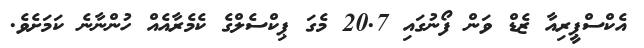
އެކްސްޕީރިއާ ޒެޑް ވަން ފޯނުގައި 20.7 މެގަ ޕިކްސެލްގެ ކެމެރާއެއް ހުންނާނެ ކަމަށެވެ.